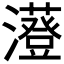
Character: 𤃥